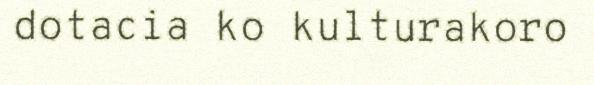
dotacia ko kulturakoro